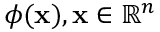
\phi ( \mathbf { x } ) , \mathbf { x } \in \mathbb { R } ^ { n }